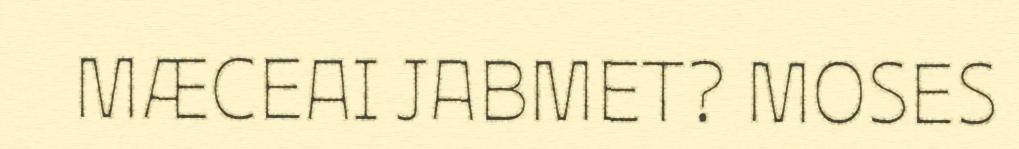
MÆCEAI JABMET? MOSES